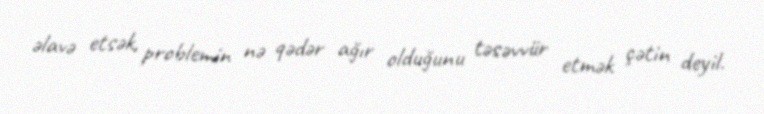
əlavə etsək, problemin nə qədər ağır olduğunu təsəvvür etmək çətin deyil.